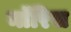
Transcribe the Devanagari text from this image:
माॅरिस